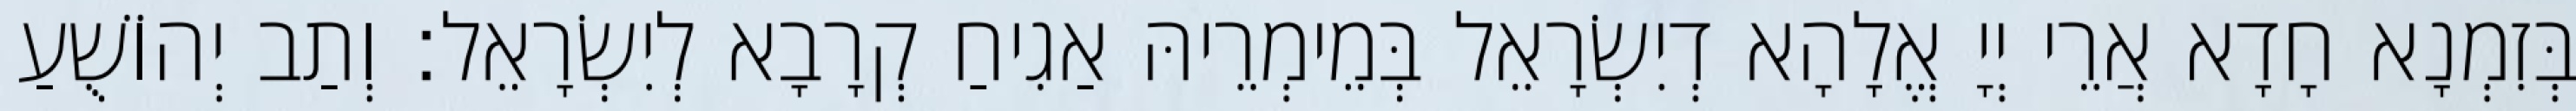
בְּזִמְנָא חָדָא אֲרֵי יְיָ אֱלָהָא דְיִשְׂרָאֵל בְּמֵימְרֵיהּ אַגִיחַ קְרָבָא לְיִשְׂרָאֵל׃ וְתַב יְהוֹשֻׁעַ